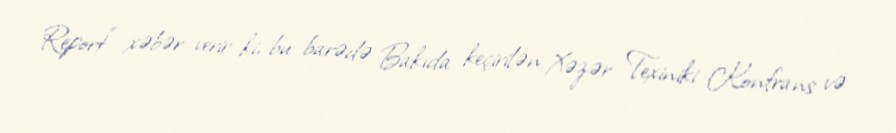
Report" xəbər verir ki, bu barədə Bakıda keçirilən Xəzər Texiniki Konfrans və